Source: Handwritten
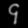
Digit: ၄ (4)